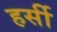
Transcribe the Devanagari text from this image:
हर्सी